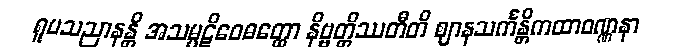
ရူပသညာနန္တိ အသမ္ပဋိဝေဓတ္ထော နိဗ္ဗတ္တိဿတီတိ ဈာနသင်္ကန္တိကထာဝဏ္ဏနာ